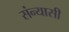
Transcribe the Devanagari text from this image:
संन्‍यासी